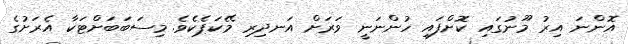
އޮންނަ އިރު މޫނުގައި ކޮށްފައި ހުންނަނީ ވަރަށް އަނދިރި މޭކަޕެކެވެ. މިސަބަބަށްޓަކާ އެރަށުގެ